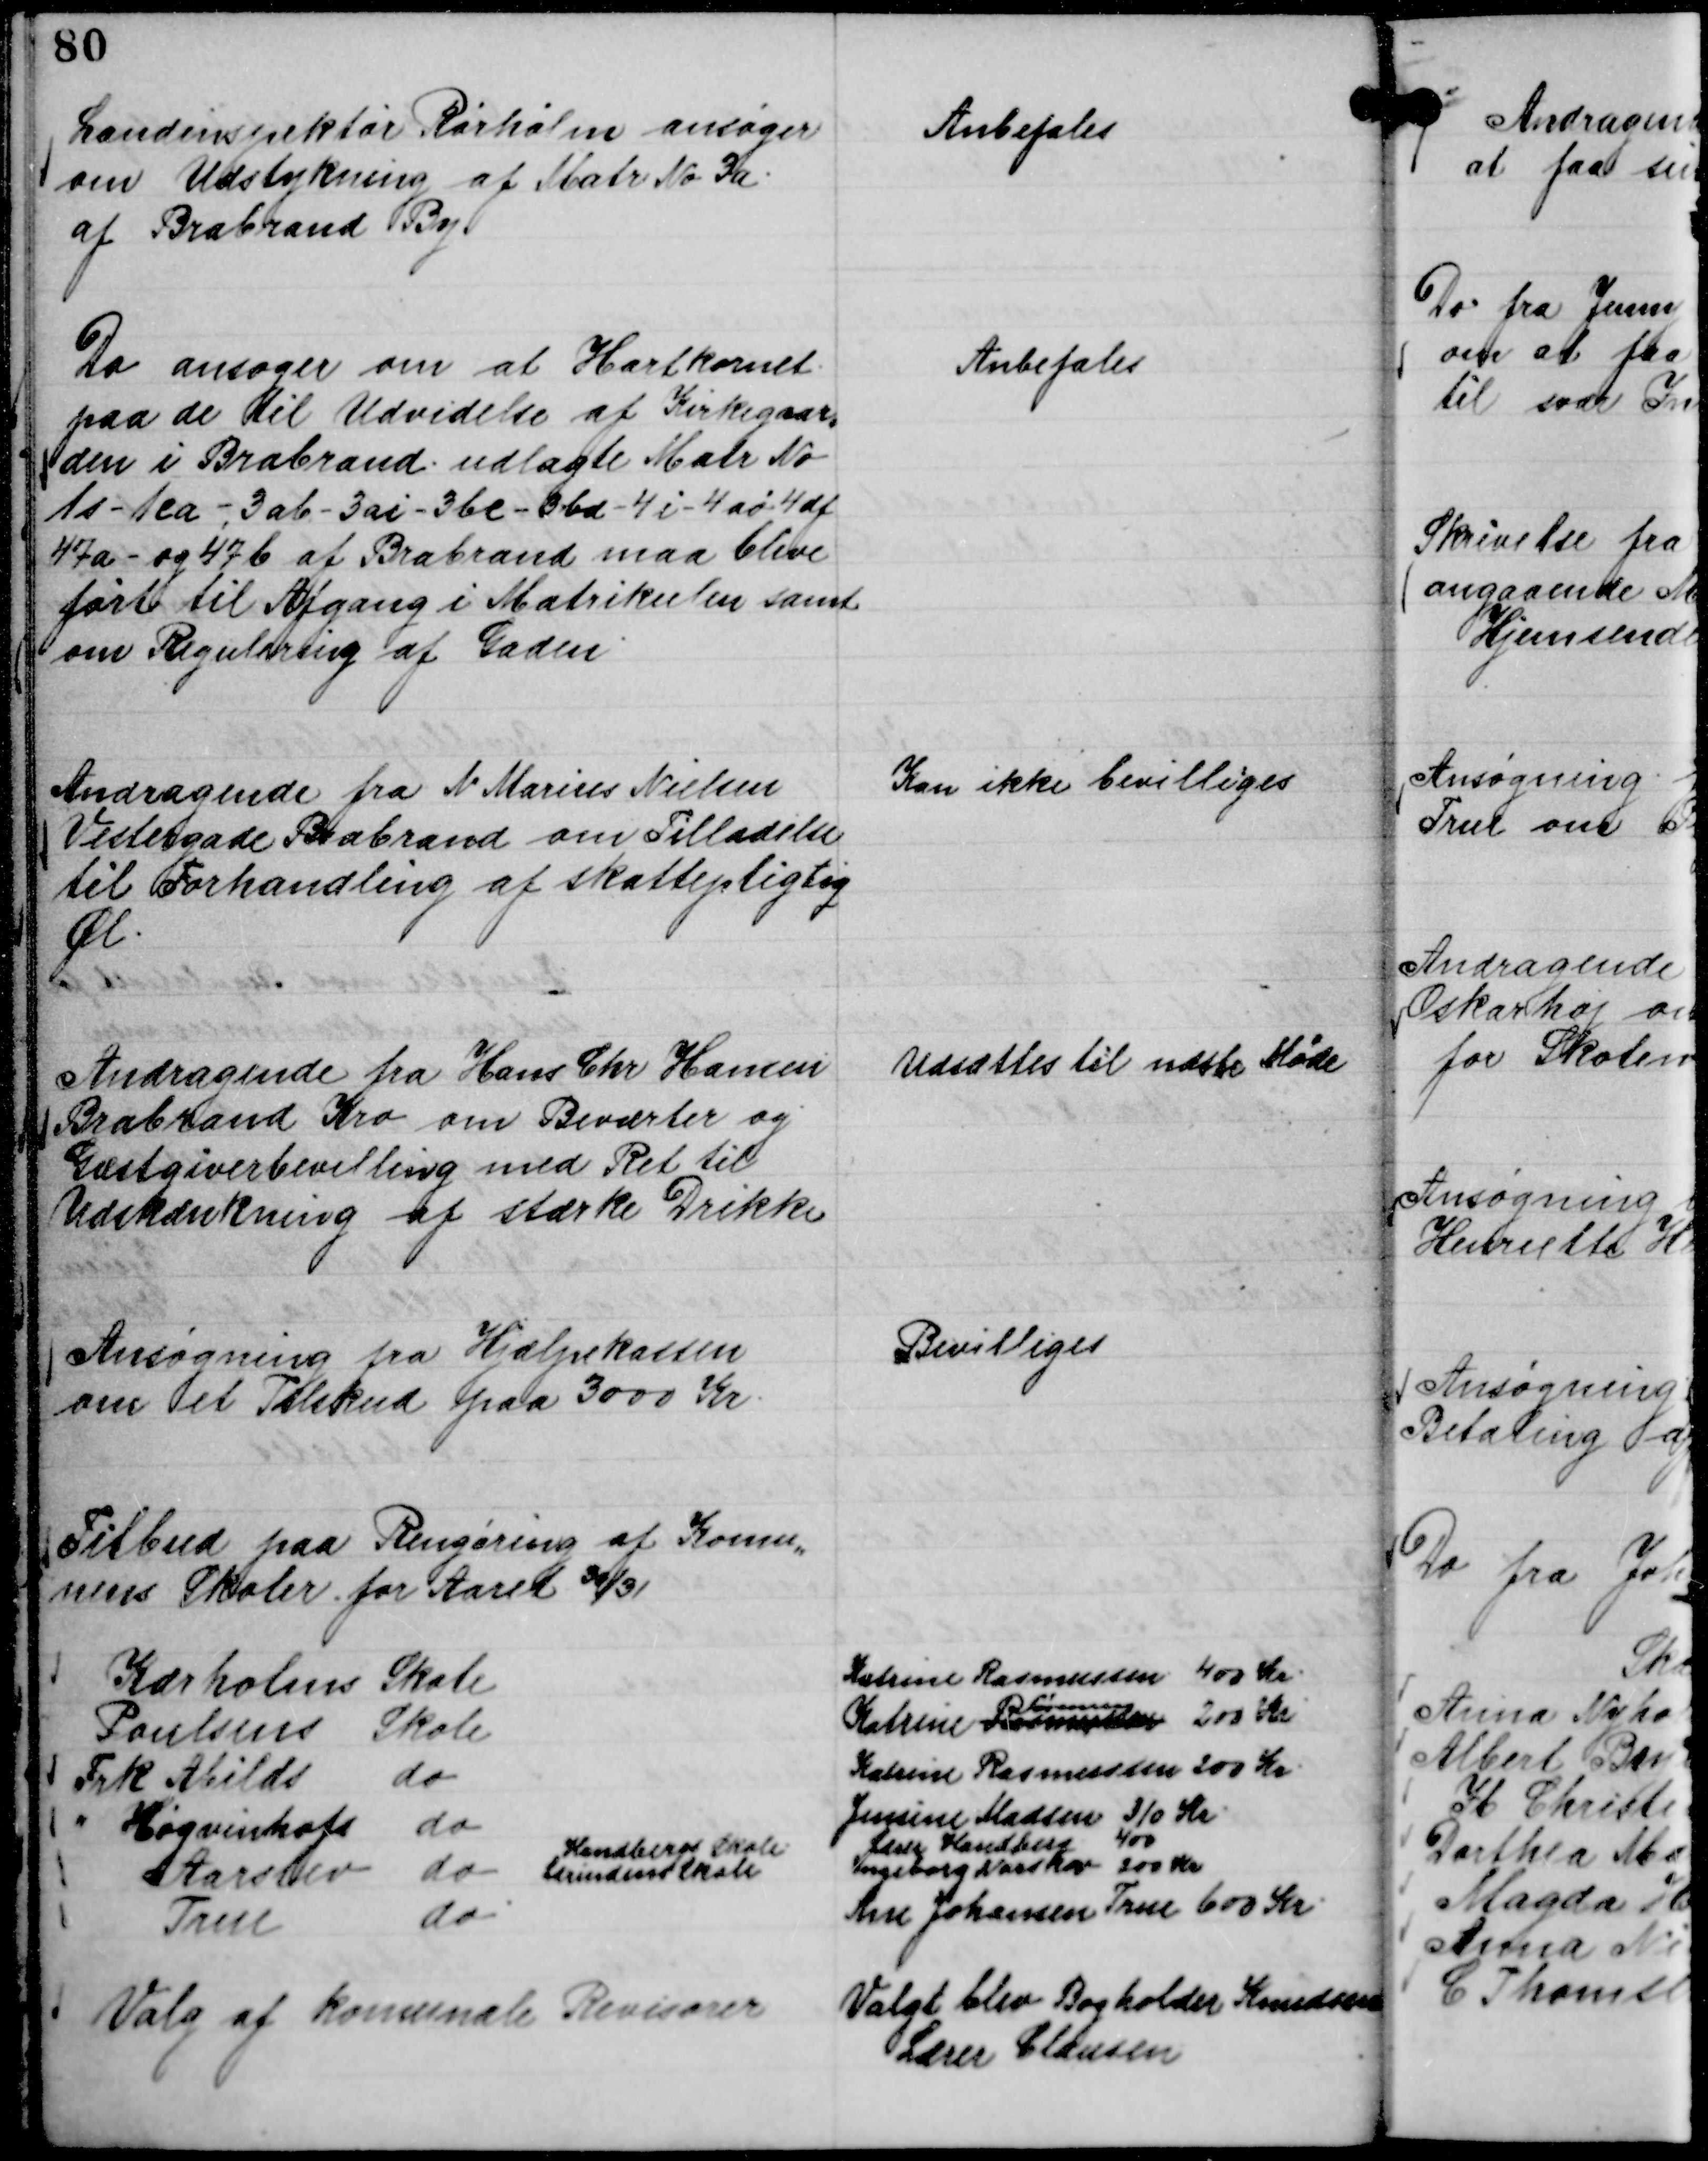
Transskription:
Landinspektør Rørholm ansøger
om Udstykning af Matr No 3 a.
af Brabrand By.

Anbefales

Do ansøger om at Hartkornet
paa de til Udvidelse af Kirkegaar,,
den i Brabrand . udlagte Matr No
1 s - 1 ca - 3 ab - 3 ai - 3 bc - 3 bd - 4 i - 4 aø 4 df
47 a - og 47 b af Brabrand maa blive
ført til Afgang i Matrikulen samt
om Regulering af Gaden.

Anbefales

Andragende fra N Marius Nielsen
Vestergade Brabrand om Tilladelse
til Forhandling af skattepligtig
Øl.

Kan ikke bevilliges

Andragende fra Hans Chr Hansen
Brabrand Kro om Beværter og
Gæstgiverbevilling med Ret til
Udskænkning af stærke Drikke

Udsættes til næste Møde

Ansøgning fra Hjælpekassen
om et Tilskud paa 3000 Kr.

Bevilliges

Tilbud paa Rengøring af Komu,,
nens Skoler for Aaret 30/31
Kærholms Skole
Katrine Rasmussen 400 Kr.
Poulsens Skole
Katrine Rasmussen
R Sørensen
200 Kr
Frk Abilds do
Katrine Rasmussen 200 Kr.
Høgvinhofs do
Jensine Madsen 310 Kr.
Handbergs Skole.
Lærer Handberg 400
Aarslev do
Lærerindens Skole
Ingeborg Narskov 200 Kr
True do.
Ane Johansen True 600 Kr.

Valg af komunale Revisorer

Valgt blev Bogholder Knudsen
Lærer Clausen